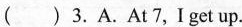
( )3.A.At 7,Iget up.